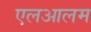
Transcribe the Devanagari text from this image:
एलआलम